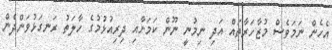
އެހެން ނަމަވެސް މުޒާހަރާތައް އަދި ނިމުނީ ނޫން ކަމަށާއި ދިރިއުޅުމުގެ ހާލަތު ރަނގަޅުވަންދެން